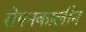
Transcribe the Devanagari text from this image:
रोमनकालीन